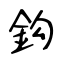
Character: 鈎